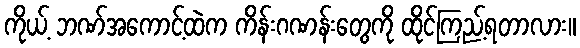
ကိုယ့် ဘဏ်အကောင့်ထဲက ကိန်းဂဏန်းတွေကို ထိုင်ကြည့်ရတာလား။